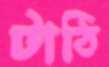
টাঠি